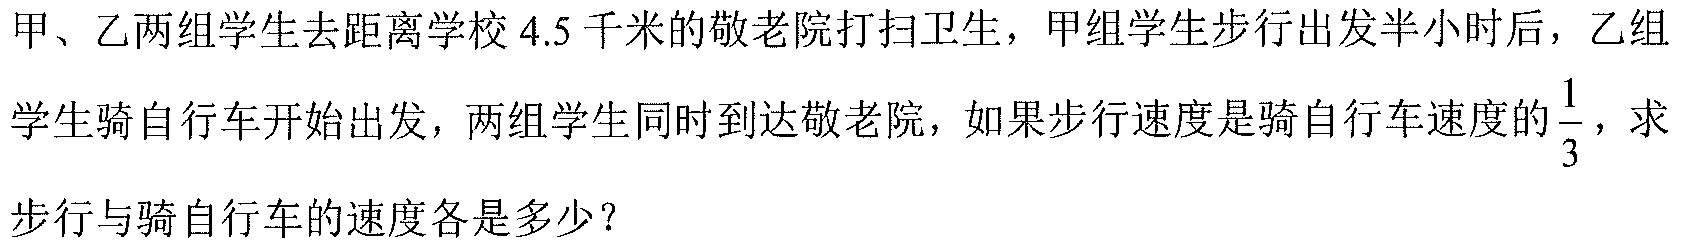
甲、乙两组学生去距离学校 \(4.5\) 千米的敬老院打扫卫生，甲组学生步行出发半小时后，乙组学生骑自行车开始出发，两组学生同时到达敬老院，如果步行速度是骑自行车速度的 \(\frac{1}{3}\)，求步行与骑自行车的速度各是多少？